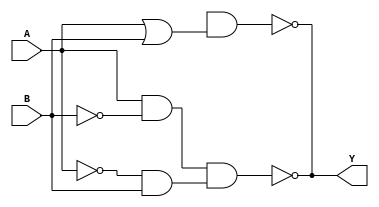
module xor_gate(input A, input B, output Y);
    wire w1, w2, w3, w4;
    
    // Two input AND gates
    and gate1(w1, A, ~B);
    and gate2(w2, ~A, B);
    
    // Two input OR gate
    or gate3(w3, A, B);
    
    // NAND gate
    nand gate4(Y, w1, w2);
    nand gate5(Y, w4, w3);
    
endmodule